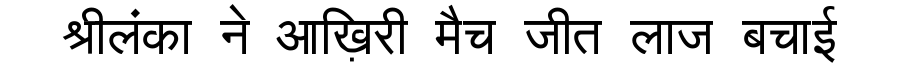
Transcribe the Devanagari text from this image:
श्रीलंका ने आख़िरी मैच जीत लाज बचाई